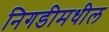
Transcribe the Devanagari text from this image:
निगडीमधील